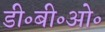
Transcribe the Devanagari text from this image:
डी॰बी॰ओ॰